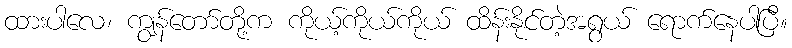
ထားပါလေ၊ ကျွန်တော်တို့က ကိုယ့်ကိုယ်ကိုယ် ထိန်းနိုင်တဲ့အရွယ် ရောက်နေပါပြီ။